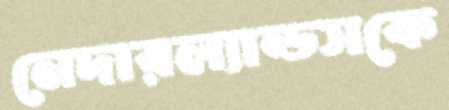
নেদারল্যান্ডসকে